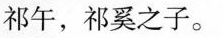
祁午，祁奚之子。